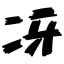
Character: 冴